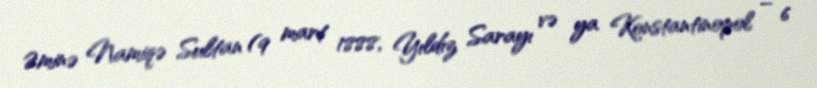
Əminə Namiqə Sultan (9 mart 1888, Yıldız Sarayı və ya Konstantinopol – 6